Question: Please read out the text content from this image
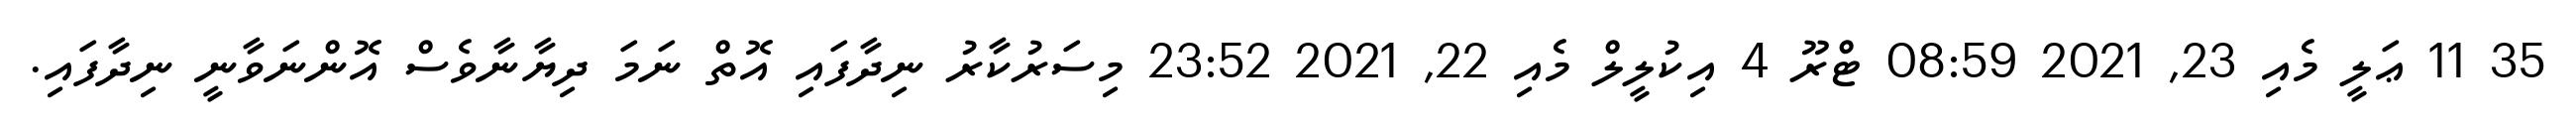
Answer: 35 11 ޢަލީ މެއި 23, 2021 08:59 ޓްރޫ 4 އިކުލީލް މެއި 22, 2021 23:52 މިސަރުކާރު ނިދާފައި އޮތް ނަމަ ދިޔާނާވެސް އޮންނަވާނީ ނިދާފައި.